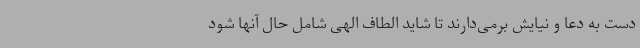
دست به دعا و نیایش برمی‌دارند تا شاید الطاف الهی شامل حال آنها شود